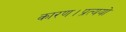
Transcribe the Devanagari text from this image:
कारण।प्रत्ययो